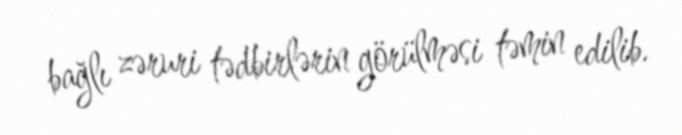
bağlı zəruri tədbirlərin görülməsi təmin edilib.